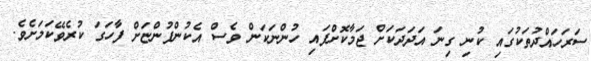
ސަރަހައްދުތަކުގައި ކުނި ގިނަ އަދަދަކަށް ޖަމާކޮށްފައި ހުންނަކަން ވެސް އެކުންފުންޏަށް ފާހަގަ ކުރެވޭކަމަށެވެ.